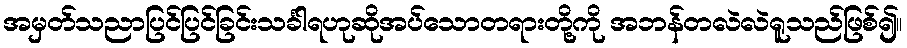
အမှတ်သညာပြင်ပြင်ခြင်းသင်္ခါရဟုဆိုအပ်သောတရားတို့ကို အဘန်တလဲလဲရူသည်ဖြစ်၍။